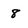
Character: 8